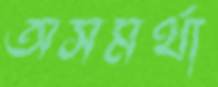
অসমর্থা